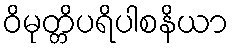
ဝိမုတ္တိပရိပါစနိယာ